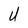
Character: U